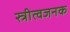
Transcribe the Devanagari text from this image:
स्त्रीत्वजनक